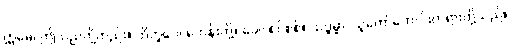
ဣမေ၊ ဤသည်တို့တည်း။ ဘိက္ခဝေ၊ ရဟန်းတို့။ ခေါ၊ စင်စစ်။ သဒ္ဓမ္မာ၊ သူတော်ကောင်းတရားတို့သည်။